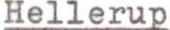
Hellerup